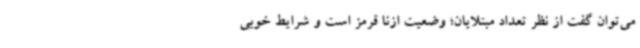
می‌توان گفت از نظر تعداد مبتلایان؛ وضعیت ازنا قرمز است و شرایط خوبی